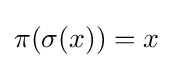
\pi (\sigma (x))=x